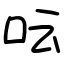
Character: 呍